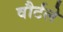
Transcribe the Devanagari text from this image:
वौर्टले